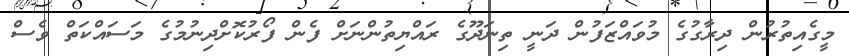
މީގެއިތުރުން ދިރާގުގެ މުވައްޒަފުން ދަނީ ތިނަދޫގެ ރައްޔިތުންނަށް ފެން ފޯރުކޮށްދިނުމުގެ މަސައްކަތް ވެސް